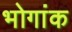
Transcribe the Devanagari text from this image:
भोगांक